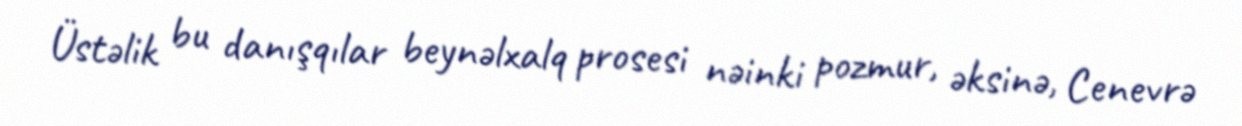
Üstəlik bu danışqılar beynəlxalq prosesi nəinki pozmur, əksinə, Cenevrə